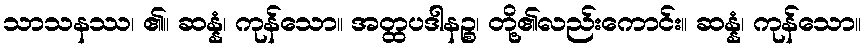
သာသနဿ၊ ၏။ ဆန္နံ၊ ကုန်သော။ အတ္ထပဒါနဉ္စ၊ တို့၏လည်းကောင်း။ ဆန္နံ၊ ကုန်သော။